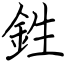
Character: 鉎